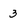
Character: 3